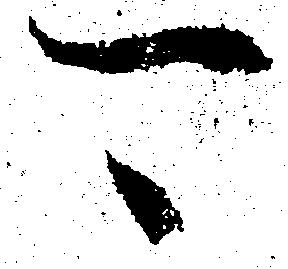
可